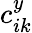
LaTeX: c_{ik}^{y}